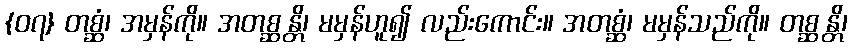
{၀၇} တစ္ဆံ၊ အမှန်ကို။ အတစ္ဆန္တိ၊ မမှန်ဟူ၍ လည်းကောင်း။ အတစ္ဆံ၊ မမှန်သည်ကို။ တစ္ဆန္တိ၊